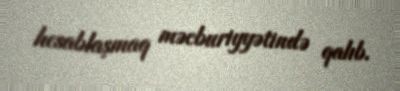
hesablaşmaq məcburiyyətində qalıb.